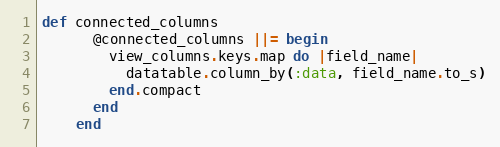
Language: Ruby
def connected_columns
      @connected_columns ||= begin
        view_columns.keys.map do |field_name|
          datatable.column_by(:data, field_name.to_s)
        end.compact
      end
    end